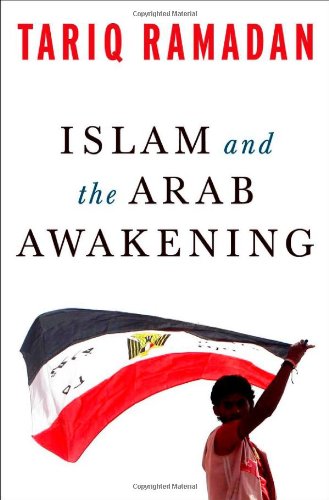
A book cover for Islam and the Arab Awakening; Tariq Ramadan; Religion & Spirituality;